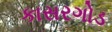
કાસરગોડ